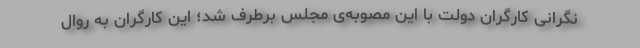
نگرانی کارگران دولت با این مصوبه‌ی مجلس برطرف شد؛ این کارگران به روال